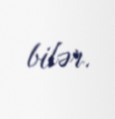
bilər.